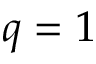
q = 1